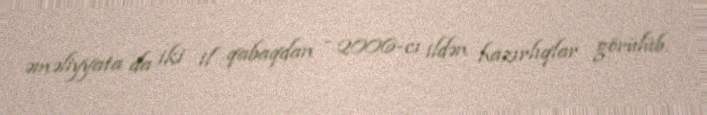
əməliyyata da iki il qabaqdan - 2006-cı ildən hazırlıqlar görülüb.